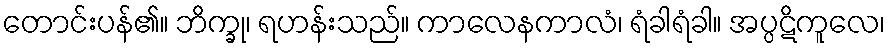
တောင်းပန်၏။ ဘိက္ခု၊ ရဟန်းသည်။ ကာလေနကာလံ၊ ရံခါရံခါ။ အပ္ပဋိကူလေ၊